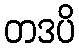
တဒပိ